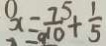
x = \frac { 7 5 } { 1 0 } + \frac { 1 } { 5 }